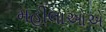
મહીલાઓએ